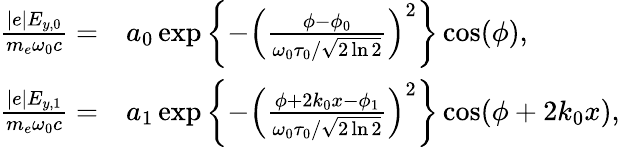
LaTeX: \begin{array}{rl}{\frac{|e|E_{y,0}}{m_{e}\omega_{0}c}=}&{a_{0}\exp\left\{ -\left(\frac{\phi-\phi_{0}}{\omega_{0}\tau_{0}/\sqrt{2\ln 2}}\right)^{2}\right\} \cos(\phi),}\\ {\frac{|e|E_{y,1}}{m_{e}\omega_{0}c}=}&{a_{1}\exp\left\{ -\left(\frac{\phi+2k_{0}x-\phi_{1}}{\omega_{0}\tau_{0}/\sqrt{2\ln 2}}\right)^{2}\right\} \cos(\phi+2k_{0}x),}\end{array}